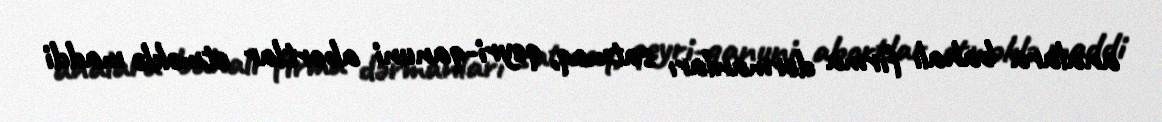
analara bahalı firma dərmanları satmaq, qeyri-qanuni abortlar etməklə maddi